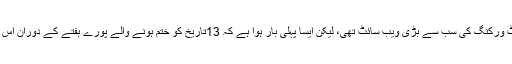
اس سےپہلے بھی فیس بک انٹرنیٹ پر سوشل نیٹ ورکنگ کی سب سے بڑی ویب سائٹ تھی، لیکن ایسا پہلی بار ہوا ہے کہ 13تاریخ کو ختم ہونے والے پورے ہفتے کے دوران اس سائٹ پر آنےوالوں کی تعداد سب سے زیادہ رہی۔